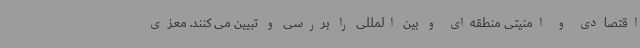
اقتصادی و امنیتی منطقه‌ای و بین المللی را بررسی و تبیین می کنند. معزی